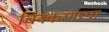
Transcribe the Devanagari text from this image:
चिक्करंगप्पा